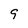
Character: 9